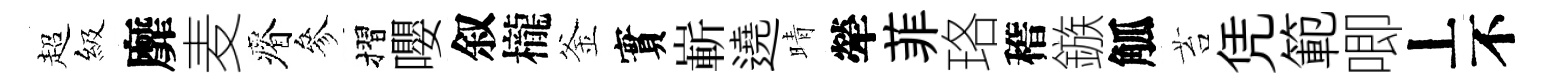
超級靡麦瘠參摺嚶叙櫳釜實嶄遶晴犖菲珞稽鏃觚苔凭範唧丄不